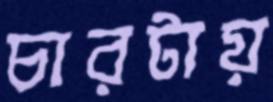
চারটায়